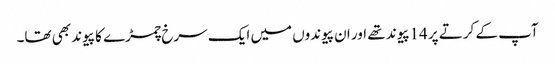
آپ کے کرتے پر 14پیوند تھے اور ان پیوندوں میں ایک سرخ چمڑے کا پیوند بھی تھا۔